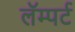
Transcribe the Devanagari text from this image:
लॅम्पर्ट